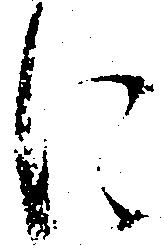
に